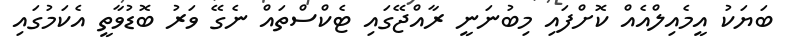
ބަޔަކު އީމެއިލްއެއް ކޮށްފައި މިބުނަނީ ރާއްޖޭގައި ޓެކްސްތައް ނެގޭ ވަރު ބޮޑުވާތީ އެކަމުގައި